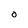
Character: O